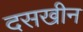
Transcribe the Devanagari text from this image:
दसखीन